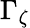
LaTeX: \Gamma_{\zeta}